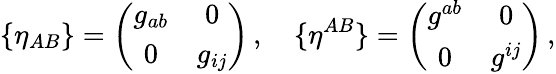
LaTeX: \{ \eta_{AB}\} =\left(\begin{array}{cc}{{g_{ab}}}&{{0}}\\ {{0}}&{{g_{ij}}}\end{array}\right)\, ,\quad\{ \eta^{AB}\} =\left(\begin{array}{cc}{{g^{ab}}}&{{0}}\\ {{0}}&{{g^{ij}}}\end{array}\right)\, ,